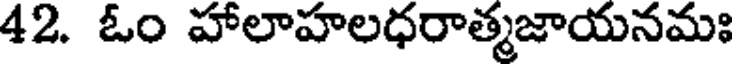
42. ఓం హాలాహలధరాత్మజాయనమః